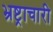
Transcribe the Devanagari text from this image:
भ्रष्ट्राचारी